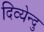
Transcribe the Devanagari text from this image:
दिव्येन्दु